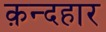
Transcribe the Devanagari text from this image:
क़न्दहार